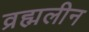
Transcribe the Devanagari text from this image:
व्रह्मलीन